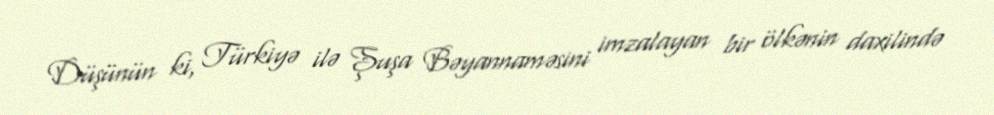
Düşünün ki, Türkiyə ilə Şuşa Bəyannaməsini imzalayan bir ölkənin daxilində